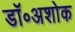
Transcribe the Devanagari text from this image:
डॉ॰अशोक